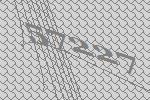
57227